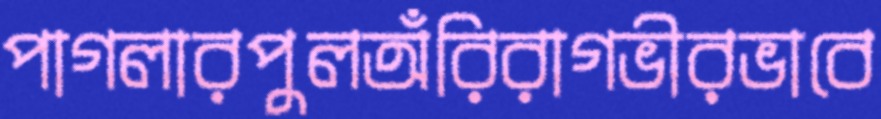
পাগলারপুলঅঁরিরাগভীরভাবে